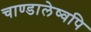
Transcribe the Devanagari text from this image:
चाण्डालेष्वपि